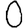
Digit: 0